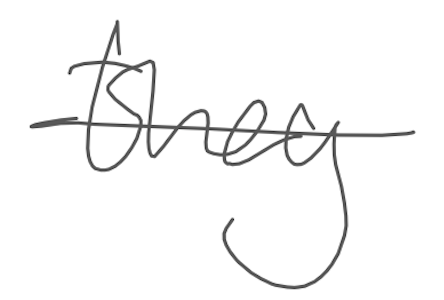
Text: they
Cross-out: single-line
Writing tool: digital_gray